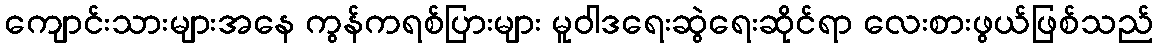
ကျောင်းသားများအနေ ကွန်ကရစ်ပြားများ မူဝါဒရေးဆွဲရေးဆိုင်ရာ လေးစားဖွယ်ဖြစ်သည်